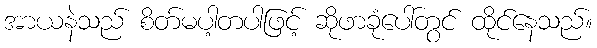
အာယနဲသည် စိတ်မပါ့တပါဖြင့် ဆိုဖာခုံပေါ်တွင် ထိုင်နေသည်။